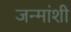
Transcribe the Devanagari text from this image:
जन्मांशी